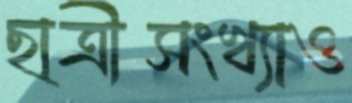
ছাত্রীসংখ্যাও